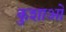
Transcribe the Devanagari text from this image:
कुशाओं